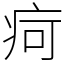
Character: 疴